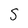
Character: S